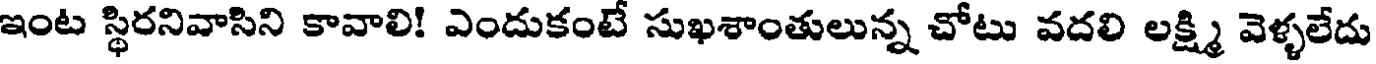
ఇంట స్థిరనివాసిని కావాలి! ఎందుకంటే సుఖశాంతులున్న చోటు వదలి లక్ష్మి వెళ్ళలేదు